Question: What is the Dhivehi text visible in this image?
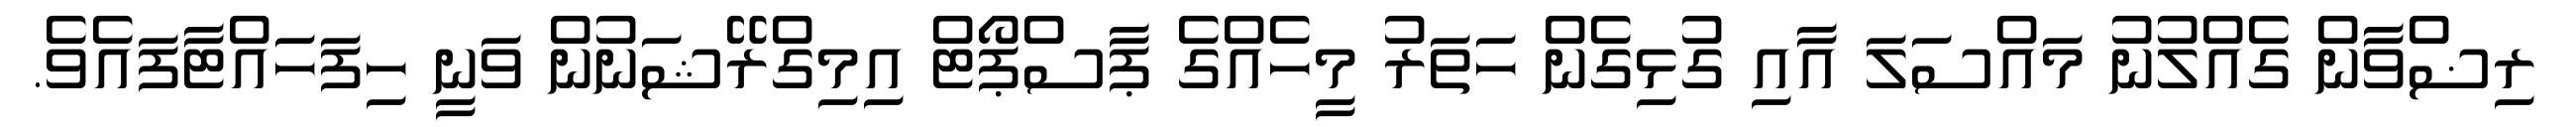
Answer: ރިޟްވާން ގެއްލުނު މައްސަލަ އާއި ގުޅިގެން ހަތަރު މީހެއްގެ ޕާސްޕޯޓް އިމިގްރޭޝަނުން ވަނީ ހިފަހައްޓާފައެވެ.